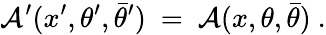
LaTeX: {\cal A}^{\prime}(x^{\prime},\theta^{\prime},\bar{\theta}^{\prime})\ =\ {\cal A}(x,\theta,\bar{\theta})\ .